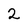
Character: 2